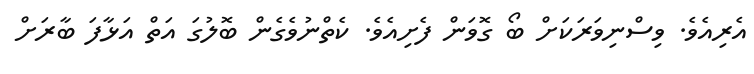
އެރިއެވެ. ވިސްނިވަރަކަށް ބޯ ގޮވަން ފެށިއެވެ. ކެތްނުވެގެން ބޮލުގަ އަތް އަޅާފަ ބާރަށް